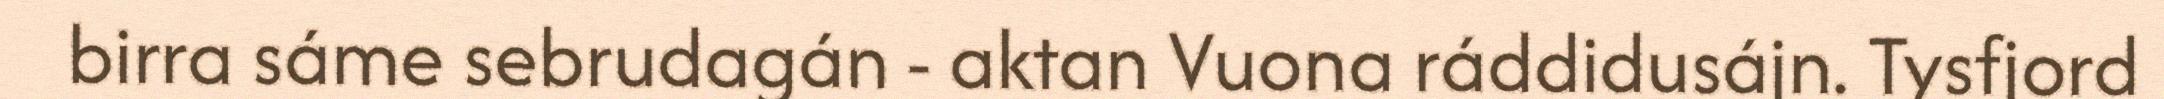
birra sáme sebrudagán - aktan Vuona ráddidusájn. Tysfjord